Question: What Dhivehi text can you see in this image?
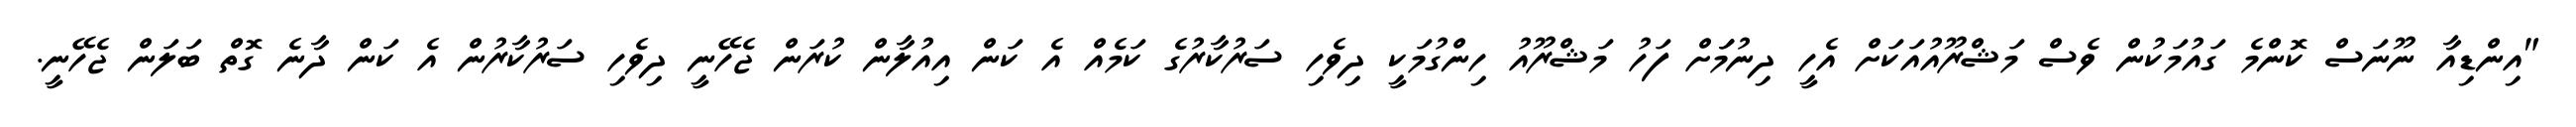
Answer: "އިންޑިއާ ނޫނަސް ކޮންމެ ގައުމަކުން ވެސް މަޝްރޫއުއަކަށް އެހީ ދިނުމަަށް ފަހު މަޝްރޫއު ހިންގުމަކީ ދިވެހި ސަރުކާރުގެ ކަމެއް އެ ކަން އިއުލާން ކުރަން ޖެހޭނީ ދިވެހި ސަރުކާރުން އެ ކަން ދާނެ ގޮތް ބަލަން ޖެހޭނީ.